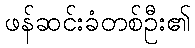
ဖန်ဆင်းခံတစ်ဦး၏